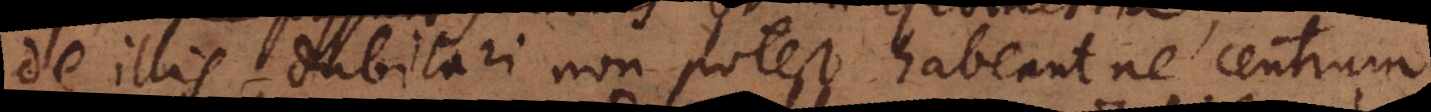
de illis dubitari non potest habeant ne centrum